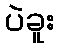
ပဲခူး